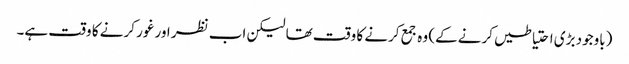
(باوجود بڑی احتیاطیں کرنے کے) وہ جمع کرنے کا وقت تھا لیکن اب نظر اور غور کرنے کا وقت ہے۔